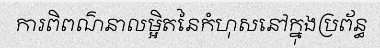
ការពិពណ៌នាលម្អិតនៃកំហុសនៅក្នុងប្រព័ន្ធ